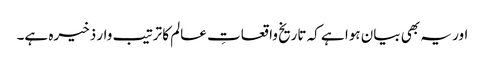
اور یہ بھی بیان ہوا ہے کہ تاریخ واقعاتِ عالم کا ترتیب وار ذخیرہ ہے۔